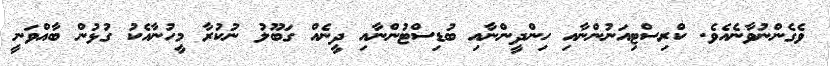
ވެގެންނުވާނެއެވެ. ކްރިސްޓިއަނުންނާއި ހިންދީންނާއި ބުޑިސްޓުންނާއި ދީނެއް ގަބޫލު ނުކުރާ މީހުނާއެކު ގުޅުން ބާއްވަނީ